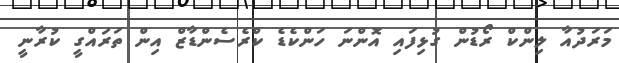
މަރަދުއާ ލިންކް ރޯޑުން ގުޅިފައި އޮންނަ ހަންކެޑެ ކްރެސެންޑާޒް އިން ތަރައްގީ ކުރާނީ